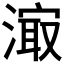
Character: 𰜼